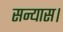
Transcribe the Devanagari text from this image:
सन्यास।